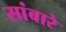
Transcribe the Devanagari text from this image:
सांबारे